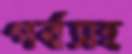
পর্বসহ